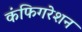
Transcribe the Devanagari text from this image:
कंफिगरेशन